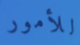
للأمور